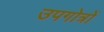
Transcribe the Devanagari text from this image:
उपगोत्रों